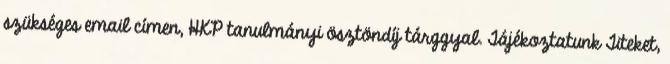
szükséges email címen, HKP tanulmányi ösztöndíj tárggyal. Tájékoztatunk Titeket,